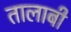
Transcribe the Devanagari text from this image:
तालाबी